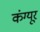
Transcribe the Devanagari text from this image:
कंग्‍यूर